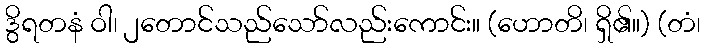
ဒွိရတနံ ဝါ၊ ၂တောင်သည်သော်လည်းကောင်း။ (ဟောတိ၊ ရှိ၏။) (တံ၊